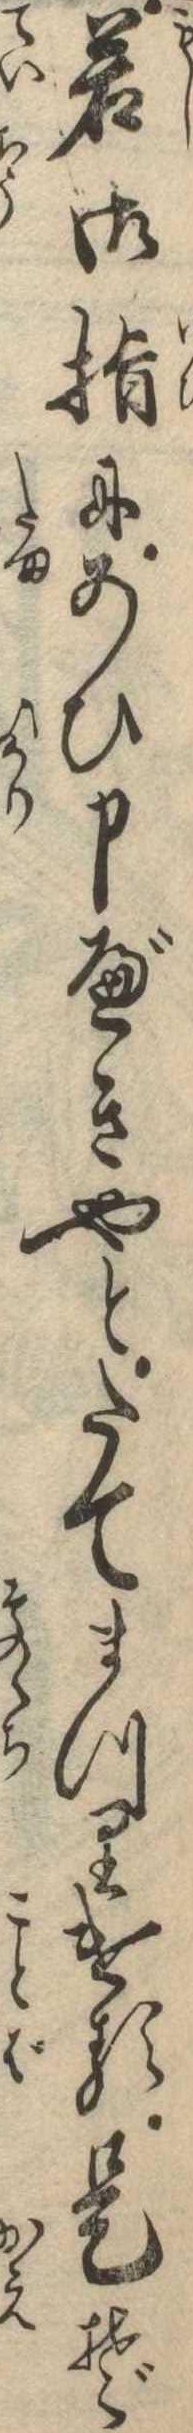
若御指にあひ申べきやとたてまつりける是ぞ